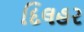
દિલહર